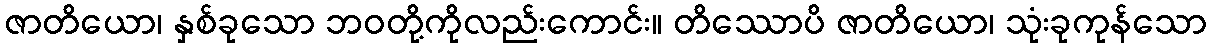
ဇာတိယော၊ နှစ်ခုသော ဘဝတို့ကိုလည်းကောင်း။ တိဿောပိ ဇာတိယော၊ သုံးခုကုန်သော